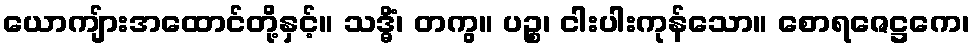
ယောကျ်ားအထောင်တို့နှင့်။ သဒ္ဓိံ၊ တကွ။ ပဉ္စ၊ ငါးပါးကုန်သော။ စောရဇေဋ္ဌကေ၊